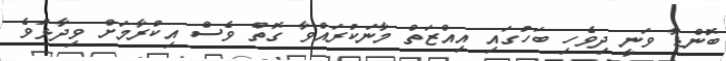
ބޮންޑާ ވަނީ ދިވެހި ބަހުގައި އިއްޒަތް މާނަކުރައްވާ ގޮތް ވެސް އިކްރާމަށް ވިދާޅުވެ